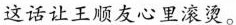
这话让王顺友心里滚烫。